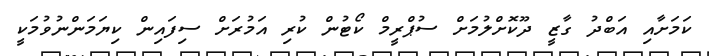
ކަމަށާއި އަބްދު ގާޒީ ދޫކޮށްލުމަށް ސުޕްރީމް ކޯޓުން ކުރި އަމުރަށް ސިފައިން ކިޔަމަންނުވުމަކީ